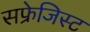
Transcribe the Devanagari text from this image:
सफ्रेजिस्ट